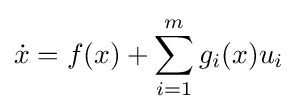
{\dot {x}}=f(x)+\sum _{i=1}^{m}g_{i}(x)u_{i}